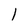
Character: 1